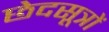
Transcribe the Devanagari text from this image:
छेदसूत्रों